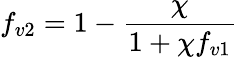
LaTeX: f_{v2}=1-\frac{\chi}{1+\chi f_{v1}}